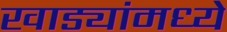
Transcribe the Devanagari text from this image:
खाड्यांमध्ये